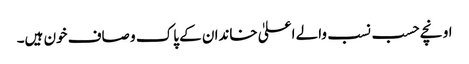
اونچے حسب نسب والے اعلیٰ خاندان کے پاک و صاف خون ہیں۔